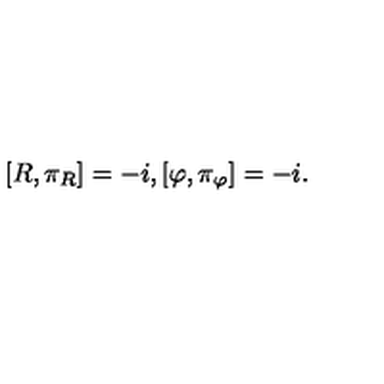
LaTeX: \left[ R , \pi _ { R } \right] = - i , \left[ \varphi , \pi _ { \varphi } \right] = - i .